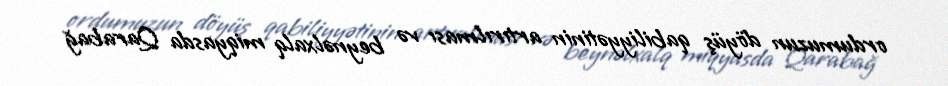
ordumuzun döyüş qabiliyyətinin artırılması və beynəlxalq miqyasda Qarabağ